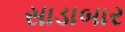
સાડાબાર